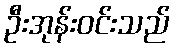
ဦးအုန်းဝင်းသည်